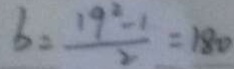
b = \frac { 1 9 ^ { 2 } - 1 } { 2 } = 1 8 0